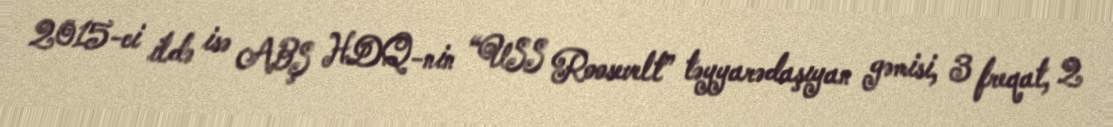
2015-ci ildə isə ABŞ HDQ-nin “USS Roosevelt” təyyarədaşıyan gəmisi, 3 freqat, 2